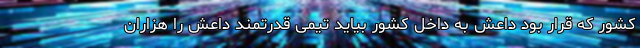
کشور که قرار بود داعش به داخل کشور بیاید تیمی قدرتمند داعش را هزاران